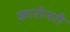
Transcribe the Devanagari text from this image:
कारोनरी